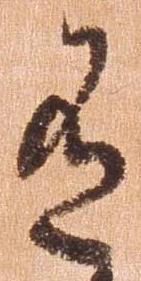
有